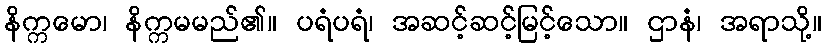
နိက္ကမော၊ နိက္ကမမည်၏။ ပရံပရံ၊ အဆင့်ဆင့်မြင့်သော။ ဌာနံ၊ အရာသို့။